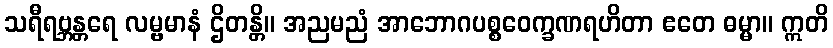
သရီရဗ္ဘန္တရေ လမ္ဗမာနံ ဌိတန္တိ။ အညမညံ အာဘောဂပစ္စဝေက္ခဏရဟိတာ ဧတေ ဓမ္မာ။ ဣတိ